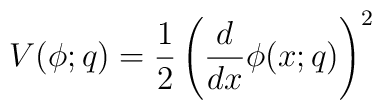
V(\phi;q)=\frac 12\left(\frac{d}{dx}\phi(x;q)\right)^2